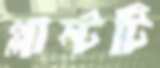
প্লান্টটি